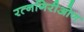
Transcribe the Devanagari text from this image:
रत्नगिरीओण